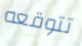
تتوقعه